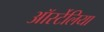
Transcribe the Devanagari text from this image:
ऑर्स्टेलिया